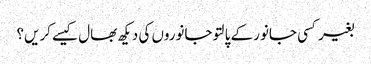
بغیر کسی جانور کے پالتو جانوروں کی دیکھ بھال کیسے کریں؟